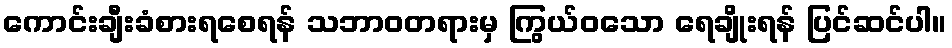
ကောင်းချီးခံစားရစေရန် သဘာဝတရားမှ ကြွယ်ဝသော ရေချိုးရန် ပြင်ဆင်ပါ။